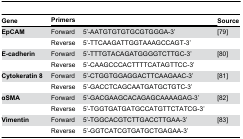
<table><thead><tr><td><b>Gene</b></td><td colspan="2"><b>Primers</b></td><td><b>Source</b></td></tr></thead><tbody><tr><td><b>EpCAM</b></td><td>Forward</td><td>5’-AATGTGTGTGCGTGGGA-3’</td><td> [79]</td></tr><tr><td></td><td>Reverse</td><td>5’-TTCAAGATTGGTAAAGCCAGT-3’</td><td></td></tr><tr><td><b>E-cadherin</b></td><td>Forward</td><td>5’-TTTGTACAGATGGGGTCTTGC-3’</td><td> [80]</td></tr><tr><td></td><td>Reverse</td><td>5’-CAAGCCCACTTTTCATAGTTCC-3’</td><td></td></tr><tr><td><b>Cytokeratin 8</b></td><td>Forward</td><td>5’-CTGGTGGAGGACTTCAAGAAC-3’</td><td> [81]</td></tr><tr><td></td><td>Reverse</td><td>5’-GACCTCAGCAATGATGCTGTC-3’</td><td></td></tr><tr><td><b>αSMA</b></td><td>Forward</td><td>5’-GACGAAGCACAGAGCAAAAGAG-3’</td><td> [82]</td></tr><tr><td></td><td>Reverse</td><td>5’-TGGTGATGATGCCATGTTCTATCG-3’</td><td></td></tr><tr><td><b>Vimentin</b></td><td>Forward</td><td>5’-TGGCACGTCTTGACCTTGAA-3’</td><td> [83]</td></tr><tr><td></td><td>Reverse</td><td>5’-GGTCATCGTGATGCTGAGAA-3’</td><td></td></tr></tbody></table>